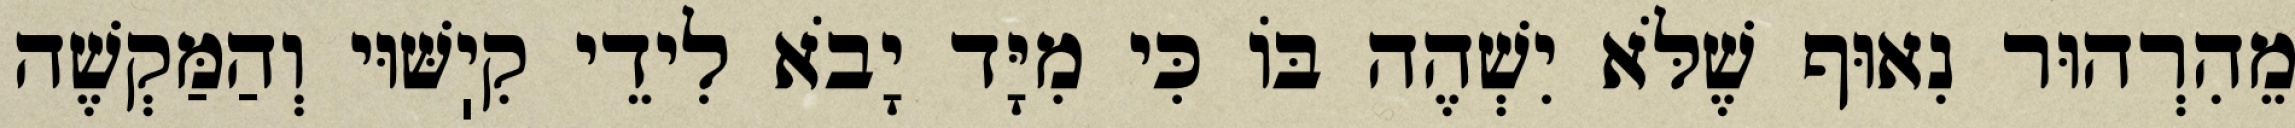
מֵהִרְהוּר נִאוּף שֶׁלֹּא יִשְׁהֶה בּוֹ כִּי מִיָּד יָבֹא לִידֵי קִיֽשּׁוּי וְהַמַּקְשֶׁה